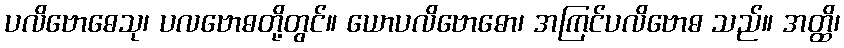
ပလိဗောဓေသု၊ ပလဗောဓတို့တွင်။ ယောပလိဗောဓော၊ အကြင်ပလိဗောဓ သည်။ အတ္ထိ၊